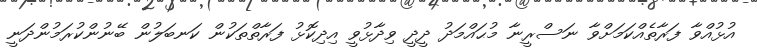
އުޅުއްވާ ފަރާތެއްކަމަށްވާ ނަސްރީނާ މުޙައްމަދު ދީދީ ވިދާޅުވީ އިދިކޮޅު ފަރާތްތަކުން ކަނބަލުން ބޭނުންކުރަމުންދަނީ